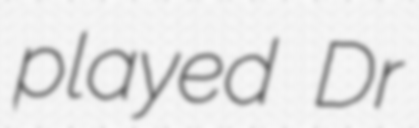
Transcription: played Dr